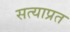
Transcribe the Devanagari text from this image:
सत्याप्रत